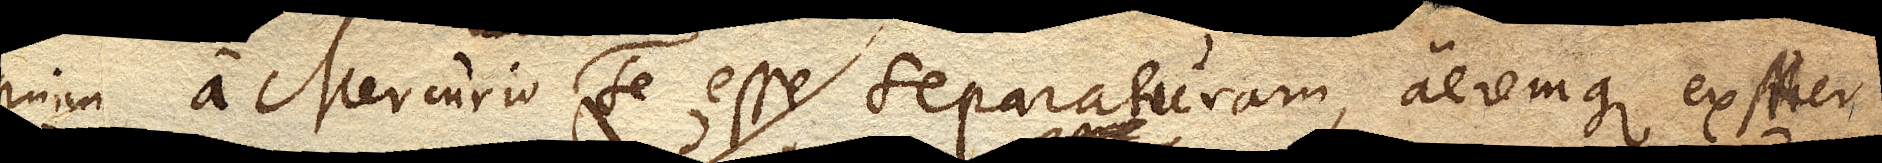
enim a Mercurio se esse separaturam, aeremque ex Mer–